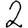
Digit: 2